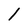
Character: 1